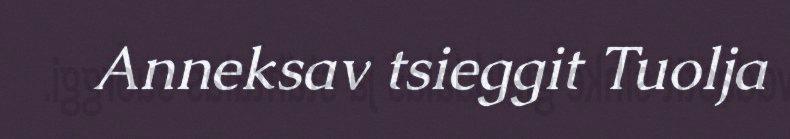
Anneksav tsieggit Tuolja